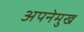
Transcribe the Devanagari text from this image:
अपनेमुख